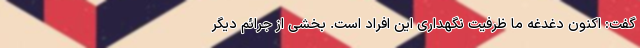
گفت: اکنون دغدغه ما ظرفیت نگهداری این افراد است. بخشی از جرائم دیگر